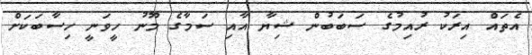
އެތައް އިރަކު ރުއިމުގެ ސަބަބުން ޝިޔާ އާއި ސަމާގެ މޫނު ހީވަނީ ހިސާބަކަށް